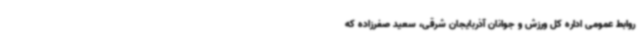
روابط عمومی اداره کل ورزش و جوانان آذربایجان شرقی، سعید صفرزاده که